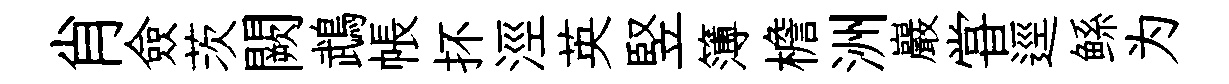
肖僉茨闕鵡帳抔涇英竪簿檐洲巖甞逕鲧为